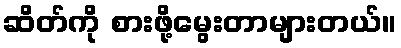
ဆိတ်ကို စားဖို့မွေးတာများတယ်။